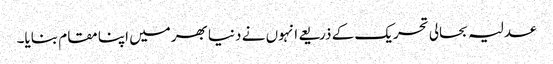
عدلیہ بحالی تحریک کے ذریعے انہوں نے دنیا بھرمیں اپنا مقام بنایا۔